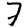
Digit: 7